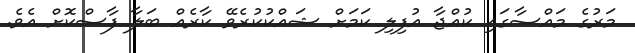
މަރުގެ މައްސާގައި ކުއްޖާ އުފިލި ކަމަށް ޝައްކުކުރެވޭ ކާރެއް ބަލާ ފާސްކޮށް އެވެ.